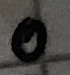
Text: 0